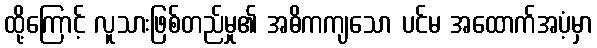
ထို့ကြောင့် လူသားဖြစ်တည်မှု၏ အဓိကကျသော ပင်မ အထောက်အပံ့မှာ